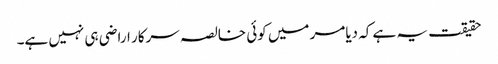
حقیقت یہ ہے کہ دیامر میں کوئی خالصہ سرکار اراضی ہی نہیں ہے۔